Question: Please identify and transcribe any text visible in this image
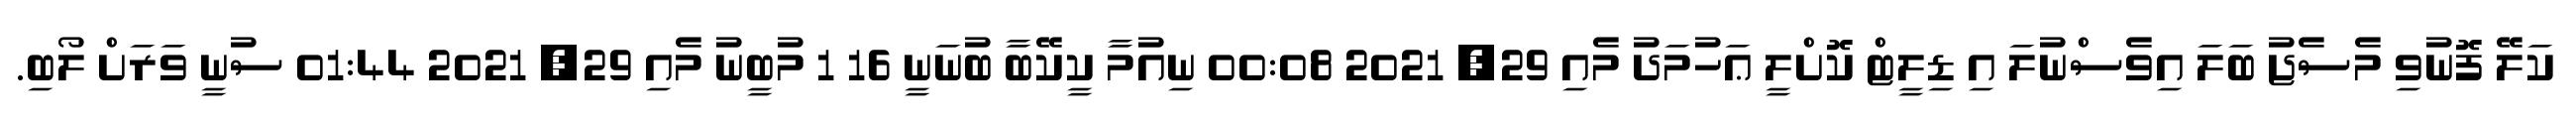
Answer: ކަލޭ ފޮނުވި މެސެޖު ބަލަ އިވެސްނުލަ އި ޑިލީޓް ކޮށްލީ ޢަހުމަދު މެއި 29, 2021 00:08 ނިއުމާ ކީކޭބާ ބުނަނީ 16 1 މުބީނު މެއި 29, 2021 01:44 ސުނީ ވަރަށް ލޯބި.